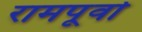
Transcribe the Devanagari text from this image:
रामपूर्वा